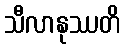
သီလာနုဿတိ